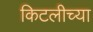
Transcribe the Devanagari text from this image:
किटलीच्या